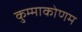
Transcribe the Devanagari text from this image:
कुम्माकोणम